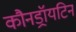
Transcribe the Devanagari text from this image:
कौनड्रॉयटिन